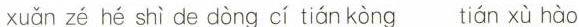
xuǎn zé hé shì de dòng cí tián kòng tián xù hào